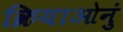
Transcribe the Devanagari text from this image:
क्रियाओनुं